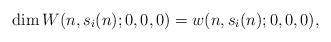
LaTeX: \begin{align*}\dim W(n,s_i(n);0,0,0) = w(n,s_i(n);0,0,0),\end{align*}